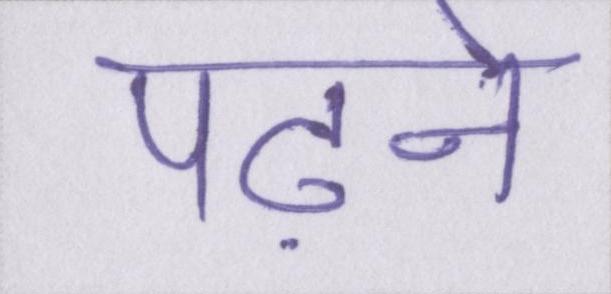
पढ़ने